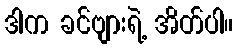
ဒါက ခင်ဗျားရဲ့ အိတ်ပါ။